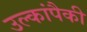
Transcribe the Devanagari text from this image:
उल्कांपैकी